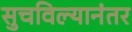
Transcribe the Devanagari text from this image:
सुचविल्यानंतर